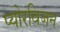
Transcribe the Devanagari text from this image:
प्योरविजन